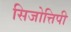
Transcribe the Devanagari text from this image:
सिजोत्तिपी